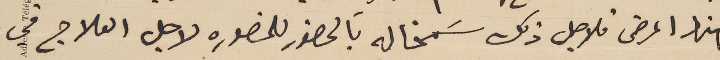
لهذا المرض فلاجل ذلك سَمحنا له بَالحضور للمنصوره لاجل العلاج في